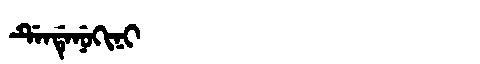
Manchu: ᡩᡝᠨᡩᡝᠨᡠᡴᡳᠨᡳ
Romanization: DENDENUKINI